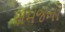
સમજનો